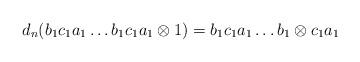
LaTeX: \begin{align*}d_n(b_1c_1a_1 \dots b_1c_1a_1 \otimes 1) = b_1c_1a_1 \dots b_1 \otimes c_1a_1\end{align*}